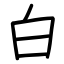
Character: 白